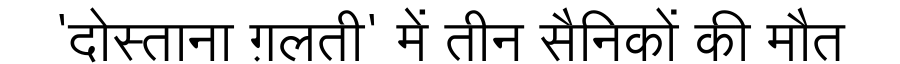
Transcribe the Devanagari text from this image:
'दोस्ताना ग़लती' में तीन सैनिकों की मौत